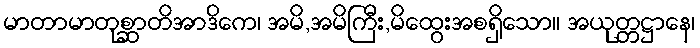
မာတာမာတုစ္ဆာတိအာဒိကေ၊ အမိ,အမိကြီး,မိထွေးအစရှိသော။ အယုတ္တဋ္ဌာနေ၊